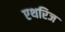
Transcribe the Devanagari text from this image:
एथरिज